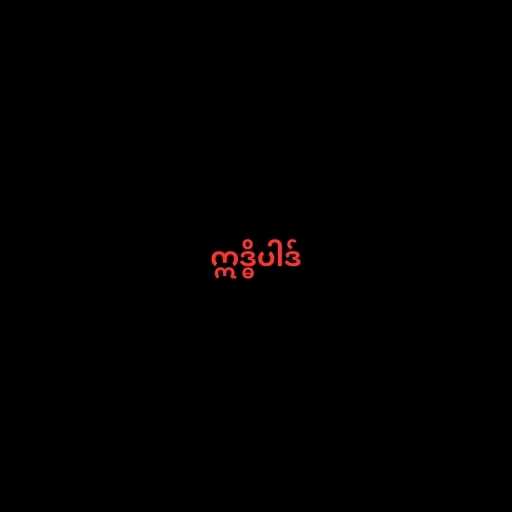
ဣဒ္ဓိပါဒ်